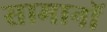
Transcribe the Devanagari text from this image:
सामानॉ